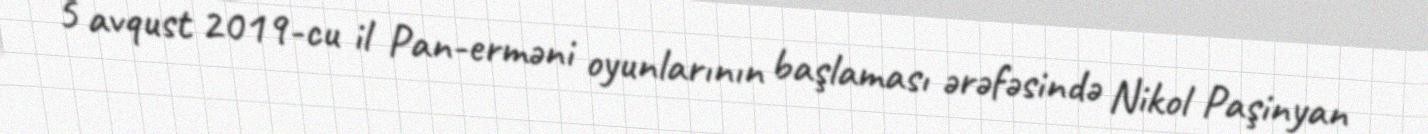
5 avqust 2019-cu il Pan-erməni oyunlarının başlaması ərəfəsində Nikol Paşinyan